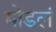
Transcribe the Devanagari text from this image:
मोडलं